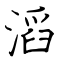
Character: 滔